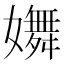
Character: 𡣆